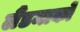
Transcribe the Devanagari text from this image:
लैंडमार्कों